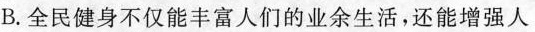
B.全民健身不仅能丰富人们的业余生活，还能增强人